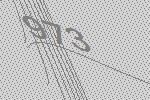
973